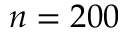
n = 2 0 0